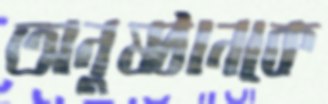
অনুষ্ঠানকে